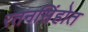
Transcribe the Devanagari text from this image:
रतनसिंहोत